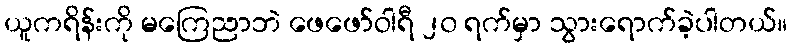
ယူကရိန်းကို မကြေညာဘဲ ဖေဖော်ဝါရီ ၂၀ ရက်မှာ သွားရောက်ခဲ့ပါတယ်။